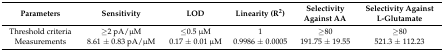
<table><thead><tr><td><b>Parameters</b></td><td><b>Sensitivity</b></td><td><b>LOD</b></td><td><b>Linearity (R<sup>2</sup>)</b></td><td><b>Selectivity Against AA</b></td><td><b>Selectivity Against L-Glutamate</b></td></tr></thead><tbody><tr><td>Threshold criteria</td><td>≥2 pA/μM</td><td>≤0.5 μM</td><td>1</td><td>≥80</td><td>≥80</td></tr><tr><td>Measurements</td><td>8.61 ± 0.83 pA/μM</td><td>0.17 ± 0.01 μM</td><td>0.9986 ± 0.0005</td><td>191.75 ± 19.55</td><td>521.3 ± 112.23</td></tr></tbody></table>